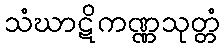
သံဃာဋိကဏ္ဏသုတ္တံ